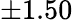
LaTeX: \pm 1.50